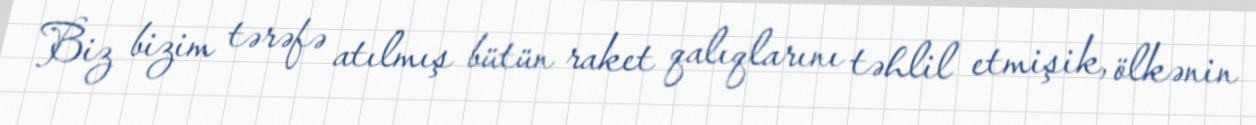
Biz bizim tərəfə atılmış bütün raket qalıqlarını təhlil etmişik, ölkənin